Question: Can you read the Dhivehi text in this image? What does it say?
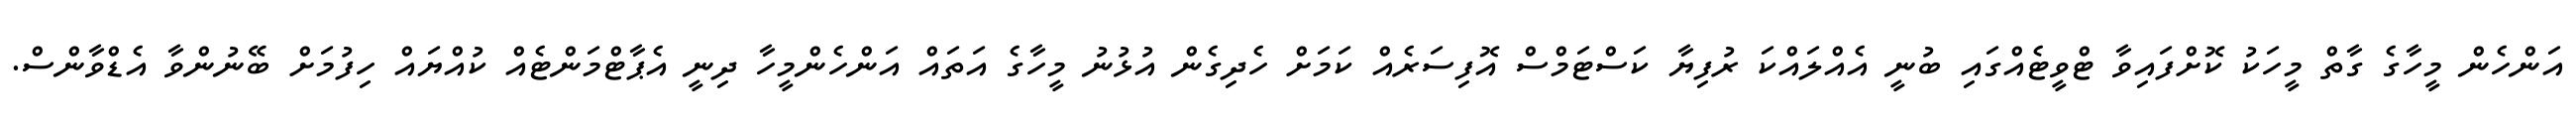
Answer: އަންހެން މީހާގެ ގާތް މީހަކު ކޮށްފައިވާ ޓްވީޓެއްގައި ބުނީ އެއްލައްކަ ރުފިޔާ ކަސްޓަމްސް އޮފިސަރެއް ކަމަށް ހެދިގެން އުޅުނު މީހާގެ އަތައް އަންހެންމީހާ ދިނީ އެޕާޓްމަންޓެއް ކުއްޔައް ހިފުމަށް ބޭނުންވާ އެޑްވާންސް.